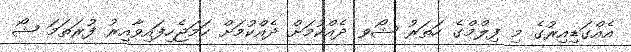
އެއްގަޑިއިރުގެ މި ފިލްމްގެ ހަަތަރު ޝޯވ ދެއްކުމަށް ދެއްކުމަށް ހަމަޖެހިފައިވާއިރު ފުރަތަަމަ ޝޯ